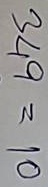
349 = 10